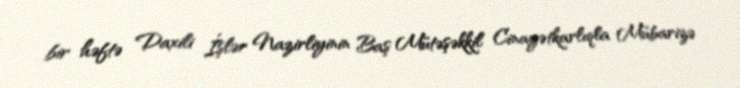
bir həftə Daxili İşlər Nazirliyinin Baş Mütəşəkkil Cinayətkarlıqla Mübarizə